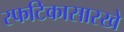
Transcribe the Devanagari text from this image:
स्फटिकासारखे